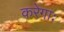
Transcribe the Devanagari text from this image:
करेगाः